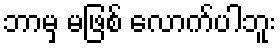
ဘာမှ မဖြစ် လောက်ပါဘူး